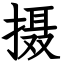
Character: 摄